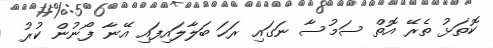
ކޮތަޅު ތެރޭ އޮތް ސަމުސާ ނަގައި ރަހަ ބަލާލައިފައި އޭނާ ފޯނުން ކުރު